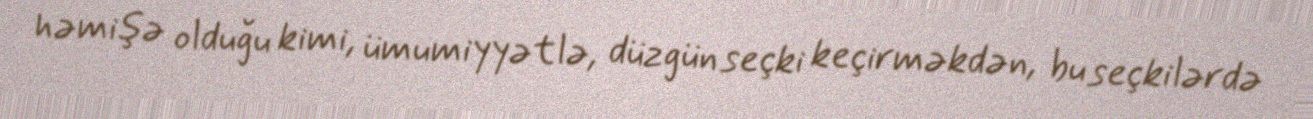
həmişə olduğu kimi, ümumiyyətlə, düzgün seçki keçirməkdən, bu seçkilərdə